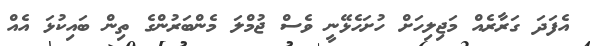
އެފަދަ ގަރާރެއް މަޖިލިހަށް ހުށަހެޅޭނީ ވެސް ޖުމްލަ މެންބަރުންގެ ތިން ބައިކުޅަ އެއް